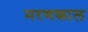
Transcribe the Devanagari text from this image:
मरणकाल